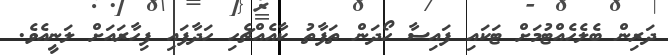
ދަރިން ބެލެހެއްޓުމަށް ޓަކައި ފައިސާ ހޯދަން ތަފާތު ކާއެއްޗެހި ހަދާފައި ފިހާރައަށް ލަނީއެވެ.